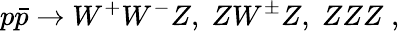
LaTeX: p\bar{p}\to W^{+}W^{-}Z,\; ZW^{\pm}Z,\; ZZZ\; ,